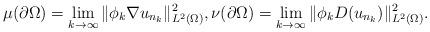
LaTeX: \begin{align*}\mu(\partial\Omega) = \lim_{k\to\infty} \|\phi_k\nabla u_{n_k}\|^2_{L^2(\Omega)},\nu(\partial\Omega) = \lim_{k\to\infty} \|\phi_k D(u_{n_k})\|^2_{L^2(\Omega)}.\end{align*}